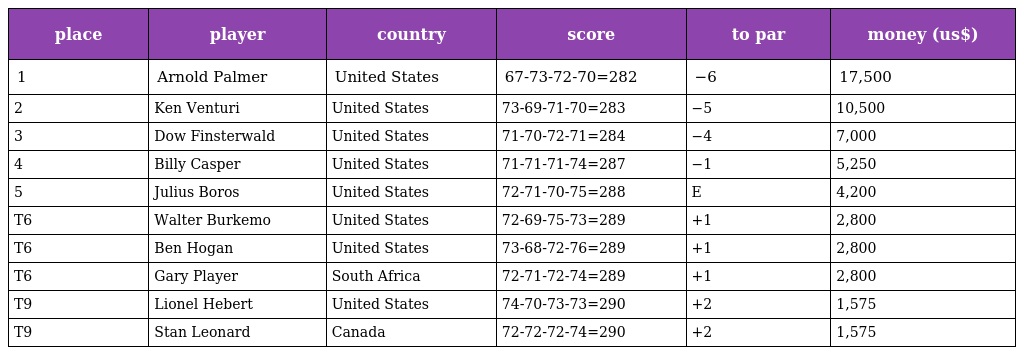
| place | player | country | score | to par | money (us$) |
 | --- | --- | --- | --- | --- | --- |
 | 1 | Arnold Palmer | United States | 67-73-72-70=282 | −6 | 17,500 |
 | 2 | Ken Venturi | United States | 73-69-71-70=283 | −5 | 10,500 |
 | 3 | Dow Finsterwald | United States | 71-70-72-71=284 | −4 | 7,000 |
 | 4 | Billy Casper | United States | 71-71-71-74=287 | −1 | 5,250 |
 | 5 | Julius Boros | United States | 72-71-70-75=288 | E | 4,200 |
 | T6 | Walter Burkemo | United States | 72-69-75-73=289 | +1 | 2,800 |
 | T6 | Ben Hogan | United States | 73-68-72-76=289 | +1 | 2,800 |
 | T6 | Gary Player | South Africa | 72-71-72-74=289 | +1 | 2,800 |
 | T9 | Lionel Hebert | United States | 74-70-73-73=290 | +2 | 1,575 |
 | T9 | Stan Leonard | Canada | 72-72-72-74=290 | +2 | 1,575 |